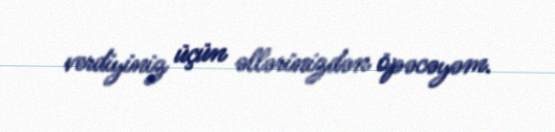
verdiyiniz üçün əllərinizdən öpəcəyəm.